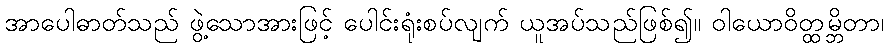
အာပေါဓာတ်သည် ဖွဲ့သောအားဖြင့် ပေါင်းရုံးစပ်လျက် ယူအပ်သည်ဖြစ်၍။ ဝါယောဝိတ္ထမ္ဘိတာ၊